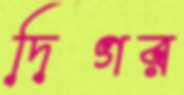
দিগর